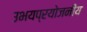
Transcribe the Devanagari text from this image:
उभयप्रयोजनीय